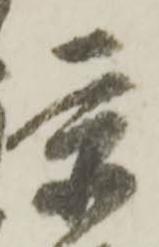
京